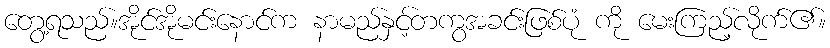
တွေ့ရသည်။အိုင်အိုမင်းနောင်က နာမည်နှင့်တကွအခင်းဖြစ်ပုံ ကို မေးကြည့်လိုက်၏။